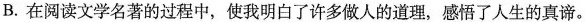
B.在阅读文学名著的过程中，使我明白了许多做人的道理，感悟了人生的真谛。